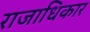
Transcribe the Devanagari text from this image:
राजाधिकार